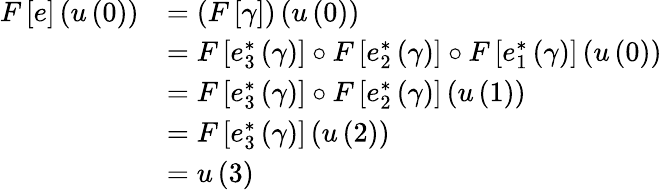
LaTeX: \begin{array}{rl}{F\left[e\right]\left(u\left(0\right)\right)}&{=\left(F\left[\gamma\right]\right)\left(u\left(0\right)\right)}\\ &{=F\left[e_{3}^{*}\left(\gamma\right)\right]\circ F\left[e_{2}^{*}\left(\gamma\right)\right]\circ F\left[e_{1}^{*}\left(\gamma\right)\right]\left(u\left(0\right)\right)}\\ &{=F\left[e_{3}^{*}\left(\gamma\right)\right]\circ F\left[e_{2}^{*}\left(\gamma\right)\right]\left(u\left(1\right)\right)}\\ &{=F\left[e_{3}^{*}\left(\gamma\right)\right]\left(u\left(2\right)\right)}\\ &{=u\left(3\right)}\end{array}